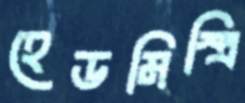
হেডমিস্ত্রি